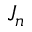
J _ { n }